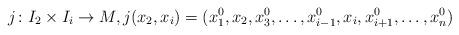
LaTeX: \begin{align*}j \colon I_2 \times I_i \to M, j(x_2,x_i) = (x^0_1,x_2,x^0_3,\dots,x^0_{i-1},x_i,x^0_{i+1},\dots,x^0_n)\end{align*}